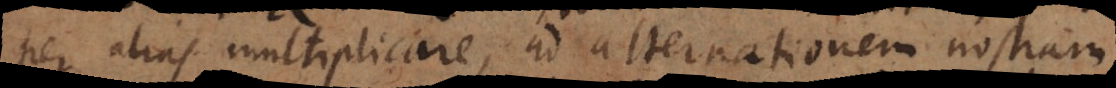
per alias multiplicare, ad alternationem nostram